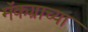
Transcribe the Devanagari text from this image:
मॅकग्राच्या